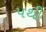
પથી